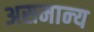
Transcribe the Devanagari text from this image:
असमान्‍य